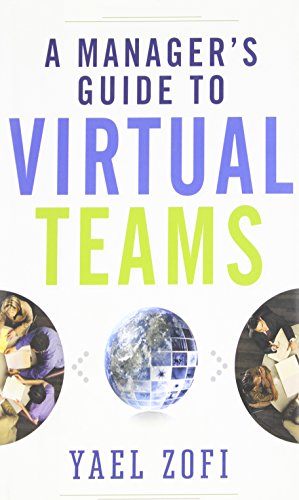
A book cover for A Manager's Guide to Virtual Teams; Yael Zofi; Business & Money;